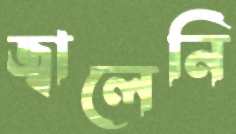
জ্বালেনি